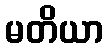
မတိယာ